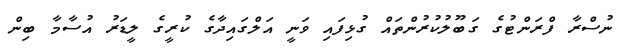
ނުސްރާ ފްރަންޓުގެ ގަބޫލުކުރުންތައް ގުޅިފައި ވަނީ އަލްގައިދާގެ ކުރީގެ ލީޑަރު އުސާމާ ބިން